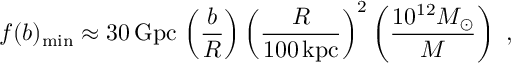
f ( b ) _ { \mathrm { m i n } } \approx 3 0 \, \mathrm { G p c } \, \left( \frac { b } { R } \right) \left( \frac { R } { 1 0 0 \, \mathrm { k p c } } \right) ^ { 2 } \left( \frac { 1 0 ^ { 1 2 } M _ { \odot } } { M } \right) \ ,